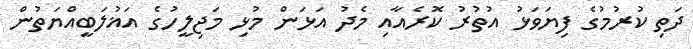
ދަތި ކުރުމުގެ ފިޔަވަޅު އުތުރު ކޮރެއާއި މެދު އަޅަން މުޅި މަޖިލީހުގެ އަޣުލަބީއްޔަތުން